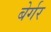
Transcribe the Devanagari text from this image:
बेर्गर